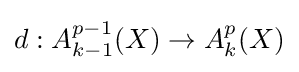
d:A_{k-1}^{p-1}(X)\to A_{k}^{p}(X)